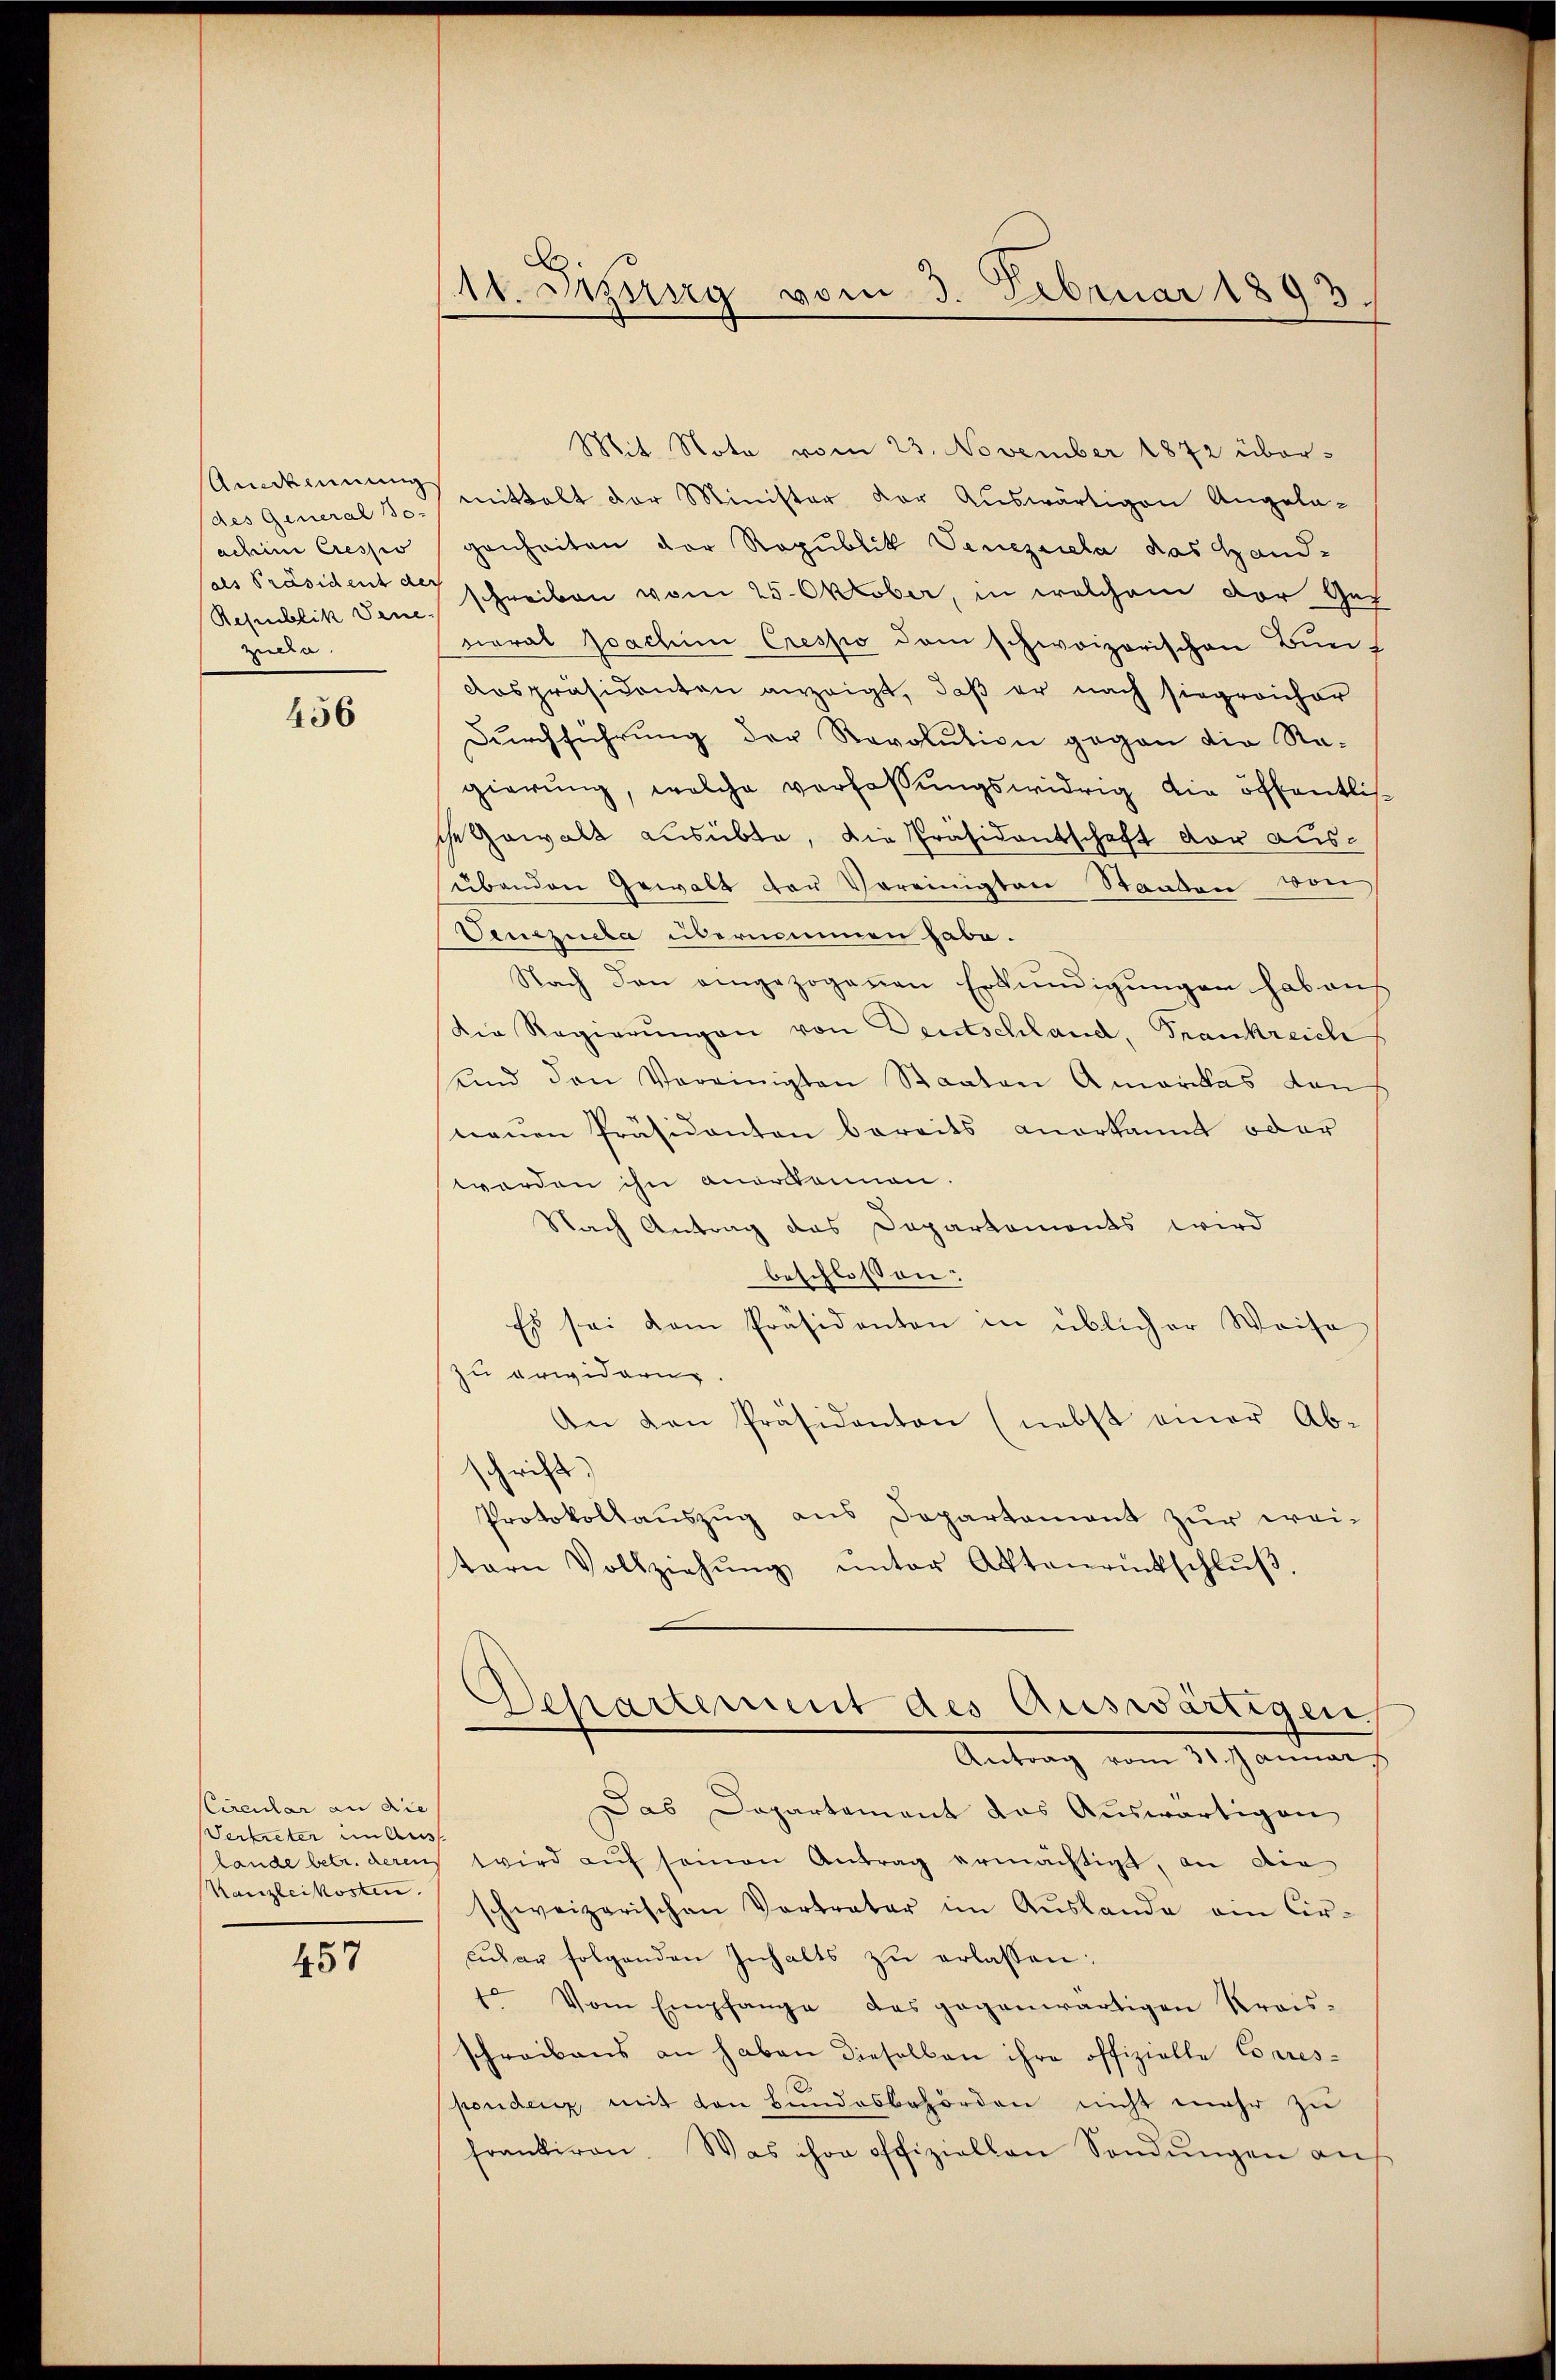
Amdienung
(des General So-
achim Cressio
(als Präsident der
Republik Vene
zuda.

456

CCircular an die
Verbieter im Aus
Kanzleikosten.

457

11. Sizung vom 3. Februar 1893.

Mit Note vom 23. November 1872 übermittelt der Minister der Auswärtigen Angela-
genheiten der Republik Veneziala das Hand-
schreiben vom 25. Oktober, in welchem der Ges
varal Joachim Crespo dem schweizerischen Bun¬
Anspräsidenten anzeigt, daß er nach siegreicher
Dŭrchführŭng der Revolution gegen die Re-
gierung, welche verfassungswidrig die öffentlische Gewalt ausübte, die Präsidentschaft vor ausübenden Gewalt der Vereinigten Staaten von
Senezuela übernommen habe.
Nach den eingezogenen Erkundigungen hab auf
die Regierŭngen von Deutschland Frankreich
und den Vereinigten Staaten Amerikas dan
neuen Präsidenten bereits anerkannt oder
worden ihn anordonnen.
Nach Antrag das Departamonts wird
beschlossen:
Es sei dem Präsidenten in üblicher Weise
zu erwidern.
An den Präsidanton (nebst einer Ab-
schrift)
Protokollauszug aus Departement zur weitarn Vollziehŭng ŭnter Aktenrückschlŭβ
Departement des Auswärtigen
Antrag vom 31. Januar
Das Departement das Auswärtigen
lande betr. deren wird aŭf seinen Antrag ermächtigt, an die
schweizerischen Vortrater im Aŭslande ein Circular folgenden Inhalts zu erlassen:
1. Vom Empfange des gegenwärtigen Kreis-
schreibens an haben dieselben ihre offizielle Corres-
pondenz mit von Bundesbehörden nicht mehr zu
frankiren. Was ihre offiziellen Sendŭngen auf